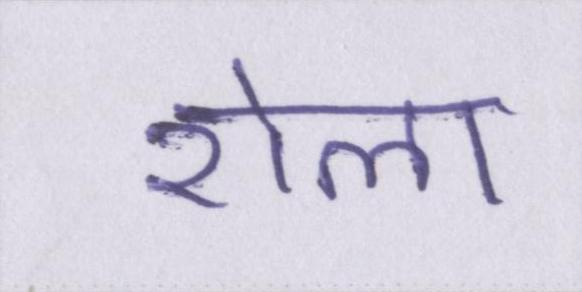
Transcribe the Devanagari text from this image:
रोला